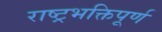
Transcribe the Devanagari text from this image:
राष्ट्रभक्तिपूर्ण